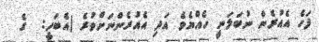
ފަހެ އެއުރެން ނުބަލަނީ ހެއްޔެވެ އަދި އެއުރެންނަށްވުރެ (އެބަހީ:  ގެ